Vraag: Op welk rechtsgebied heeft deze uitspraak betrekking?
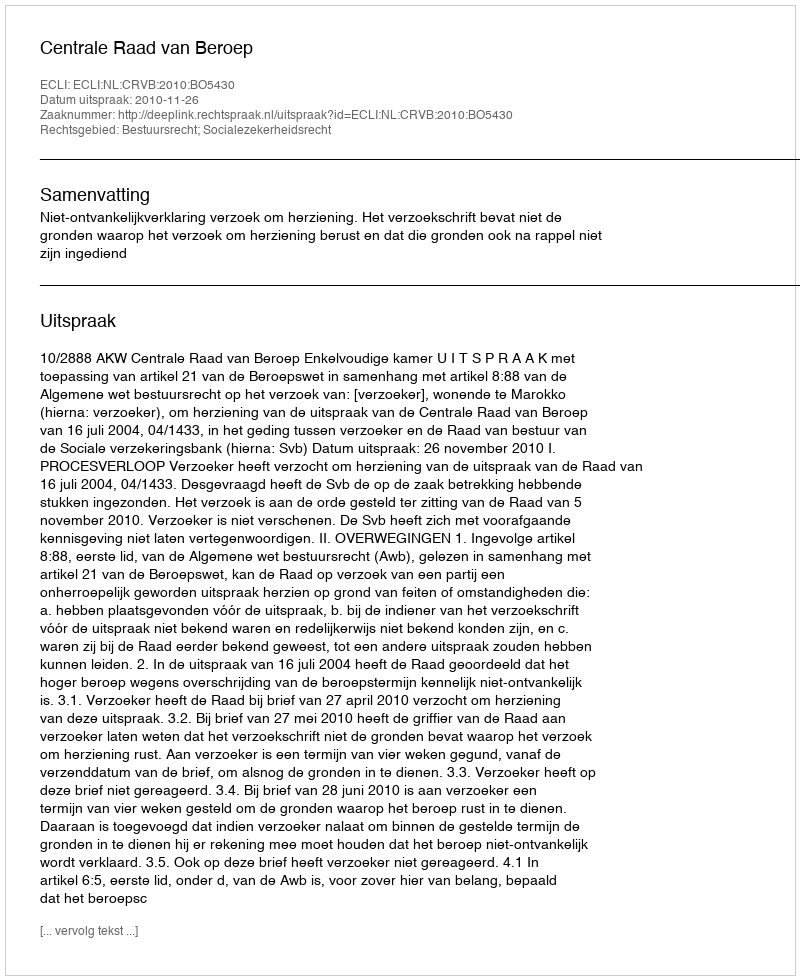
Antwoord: Bestuursrecht; Socialezekerheidsrecht